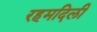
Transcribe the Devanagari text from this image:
रहमदिली